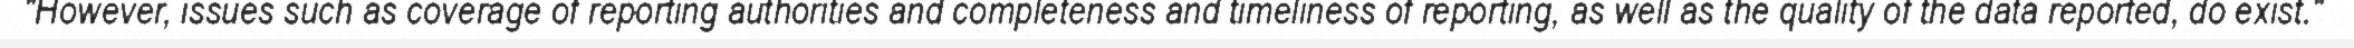
"However, issues such as coverage of reporting authorities and completeness and timeliness of reporting, as well as the quality of the data reported, do exist."